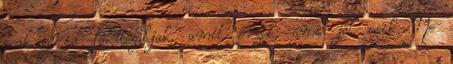
csak arra fókuszáljak, amit érzek, ami jól esik. Ne